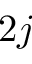
2 j